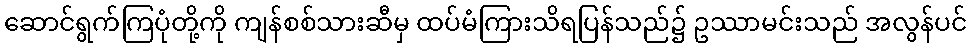
ဆောင်ရွက်ကြပုံတို့ကို ကျန်စစ်သားဆီမှ ထပ်မံကြားသိရပြန်သည်၌ ဥဿာမင်းသည် အလွန်ပင်